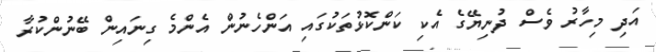
އަދި މިހާރު ވެސް ދުނިޔޭގެ އެކި ކަންކޮޅުތަކުގައި އަންހެނުން އެންމެ ގިނައިން ބޭނުންކުރާ